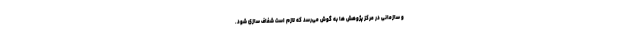
و سازمانی در مرکز پژوهش ها به گوش می‌رسد که لازم است شفاف سازی شود.